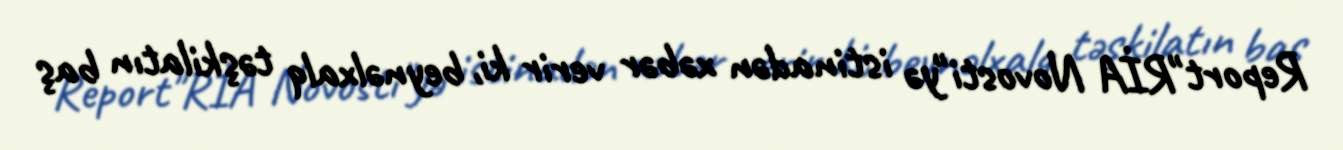
Report"RİA Novosti"yə istinadən xəbər verir ki, beynəlxalq təşkilatın baş